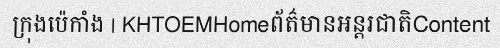
ក្រុងប៉េកាំង | KHTOEMHomeព័ត៌មានអន្តរជាតិContent